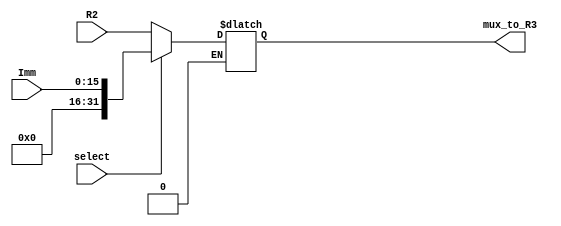
`timescale 1ns / 1ns
//////////////////////////////////////////////////////////////////////////////////
// Company: 
// Engineer: 
// 
// Design Name: 
// Module Name:    mux_R2_or_Imm 
// Project Name: 
// Target Devices: 
// Tool versions: 
// Description: 
//
// Dependencies: 
//
// Revision: 
// Revision 0.01 - File Created
// Additional Comments: 
//
//////////////////////////////////////////////////////////////////////////////////
module mux_R2_or_Imm(
	input [31:0] R2,
	input [15:0] Imm,
	input select,
	output reg [31:0] mux_to_R3
);

always @(R2 or Imm or select)
	begin
		if (select == 0)
			mux_to_R3 <= R2;
		if (select == 1)
			mux_to_R3 <= {16'd0, Imm};
	end

endmodule